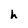
Character: h